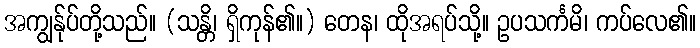
အကျွန်ုပ်တို့သည်။ (သန္တိ၊ ရှိကုန်၏။) တေန၊ ထိုအရပ်သို့။ ဥပသင်္ကမိ၊ ကပ်လေ၏။